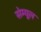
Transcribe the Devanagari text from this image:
सेम्यूल